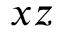
x z